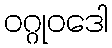
ဝဂ္ဂုဝဒေါ